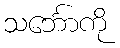
သင်္ဘောကို